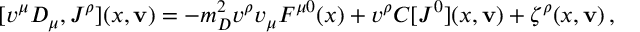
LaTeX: [ v ^ { \mu } D _ { \mu } , { \cal J } ^ { \rho } ] ( x , { \bf v } ) = - m _ { D } ^ { 2 } v ^ { \rho } v _ { \mu } F ^ { \mu 0 } ( x ) + v ^ { \rho } C [ { \cal J } ^ { 0 } ] ( x , { \bf v } ) + \zeta ^ { \rho } ( x , { \bf v } ) \, ,